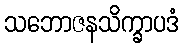
သဘောဇနသိက္ခာပဒံ